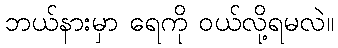
ဘယ်နားမှာ ရေကို ဝယ်လို့ရမလဲ။